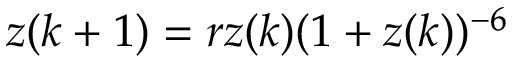
z ( k + 1 ) = r z ( k ) ( 1 + z ( k ) ) ^ { - 6 }